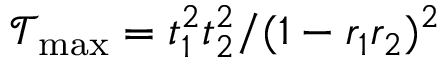
\mathcal { T } _ { \mathrm { m a x } } = t _ { 1 } ^ { 2 } t _ { 2 } ^ { 2 } / ( 1 - r _ { 1 } r _ { 2 } ) ^ { 2 }